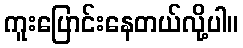
ကူးပြောင်းနေတယ်လို့ပါ။